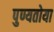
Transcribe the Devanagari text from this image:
पुण्यतोया